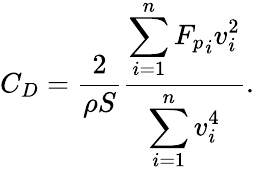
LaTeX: C_{D}=\frac{2}{\rho S}\frac{\displaystyle\sum_{i=1}^{n}{F_{p}}_{i}v_{i}^{2}}{\displaystyle\sum_{i=1}^{n}v_{i}^{4}}.